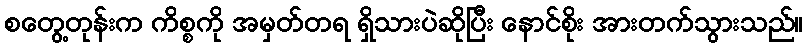
စတွေ့တုန်းက ကိစ္စကို အမှတ်တရ ရှိသားပဲဆိုပြီး နောင်စိုး အားတက်သွားသည်။